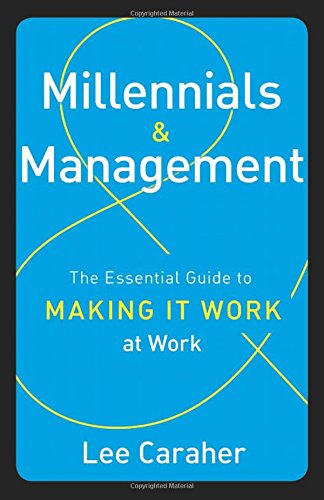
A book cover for Millennials & Management: The Essential Guide to Making It Work at Work; Lee Caraher; Business & Money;